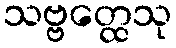
သဗ္ဗတ္ထေသု